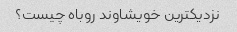
نزدیکترین خویشاوند روباه چیست؟